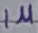
Text: 1µ